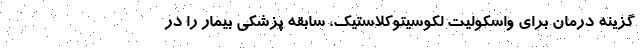
گزینه درمان برای واسکولیت لکوسیتوکلاستیک، سابقه پزشکی بیمار را در